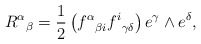
\begin{align*}{R^\alpha}_\beta ={1\over 2} \left({f^\alpha}_{\beta i}{f^i}_{\gamma\delta}\right)e^\gamma\wedge e^\delta,\end{align*}